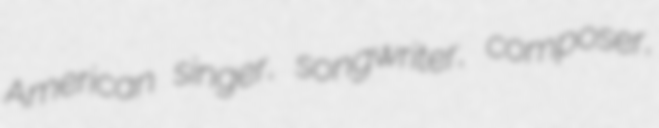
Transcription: American singer, songwriter, composer,